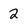
Character: 2